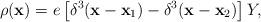
LaTeX: \begin{align*}\rho ({\bf x}) = e \left[ \delta ^{3}({\bf x} - {\bf x_{\rm 1}}) -\delta ^{3} ({\bf x} -{\bf x_{\rm 2}} ) \right] Y,\end{align*}